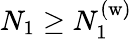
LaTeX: N_{1}\geq N_{1}^{(\mathrm{w})}